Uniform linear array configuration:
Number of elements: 8
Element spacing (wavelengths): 1
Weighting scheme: exponential
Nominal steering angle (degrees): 30
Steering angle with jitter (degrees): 29.782
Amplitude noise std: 0.05
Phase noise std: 0.05

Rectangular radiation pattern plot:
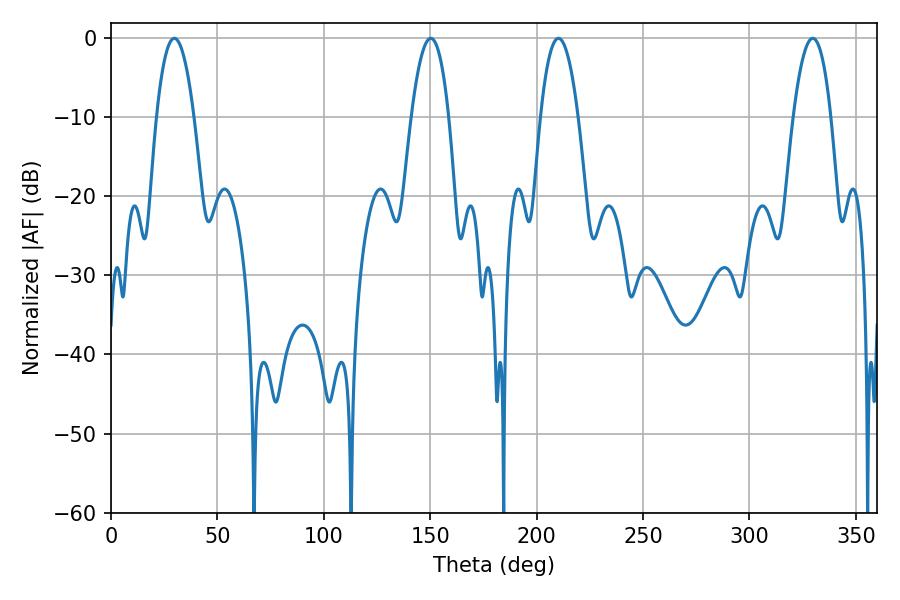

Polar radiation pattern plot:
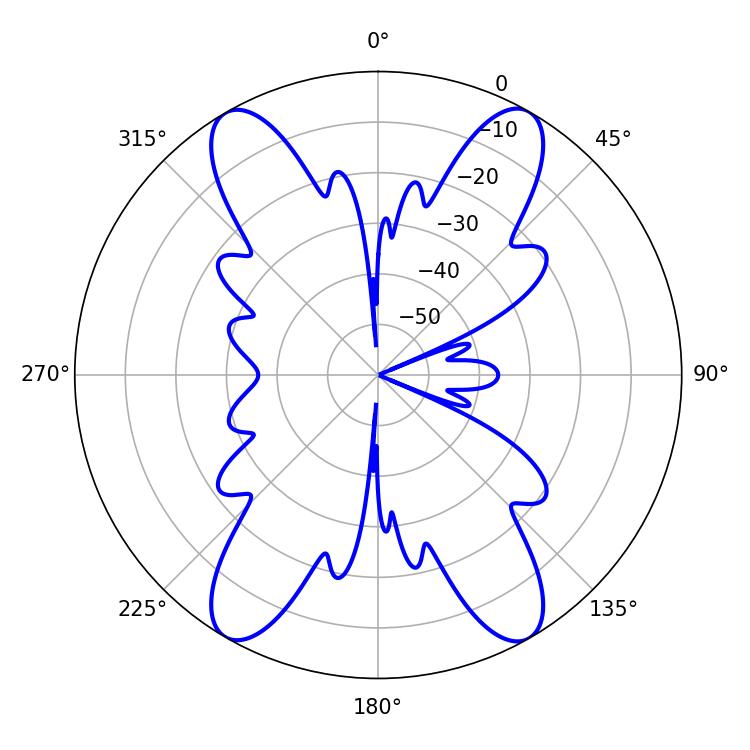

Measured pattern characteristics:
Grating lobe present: TRUE
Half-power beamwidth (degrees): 9.72
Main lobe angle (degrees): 210.24